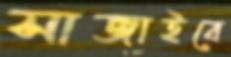
সাজাইবে